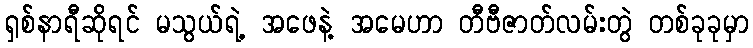
ရှစ်နာရီဆိုရင် မသွယ်ရဲ့ အဖေနဲ့ အမေဟာ တီဗီဇာတ်လမ်းတွဲ တစ်ခုခုမှာ